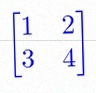
\begin{bmatrix}1&2\\3&4\end{bmatrix}